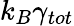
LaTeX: k_{B}\gamma_{tot}